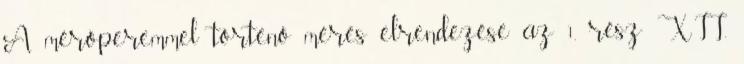
A mérõperemmel történõ mérés elrendezése az 1. rész XII.